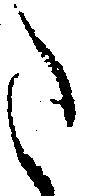
た